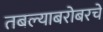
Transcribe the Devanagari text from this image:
तबल्याबरोबरचे